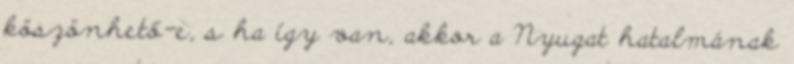
köszönhető-e, s ha így van, akkor a Nyugat hatalmának